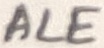
Text: ALE